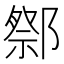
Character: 𨝋